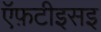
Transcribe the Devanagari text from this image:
ऍफ़टीइसइ